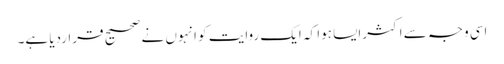
اسی وجہ سے اکثرایسا ہوا کہ ایک روایت کو انہوں نے صحیح قراردیا ہے۔